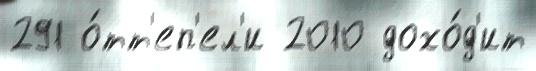
291 о́тт'еп'ел'и 2010 дохо́д'ит